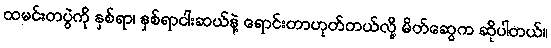
ထမင်းတပွဲကို နှစ်ရာ၊ နှစ်ရာငါးဆယ်နဲ့ ရောင်းတာဟုတ်တယ်လို့ မိတ်ဆွေက ဆိုပါတယ်။